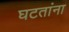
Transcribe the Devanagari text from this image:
घटतांना